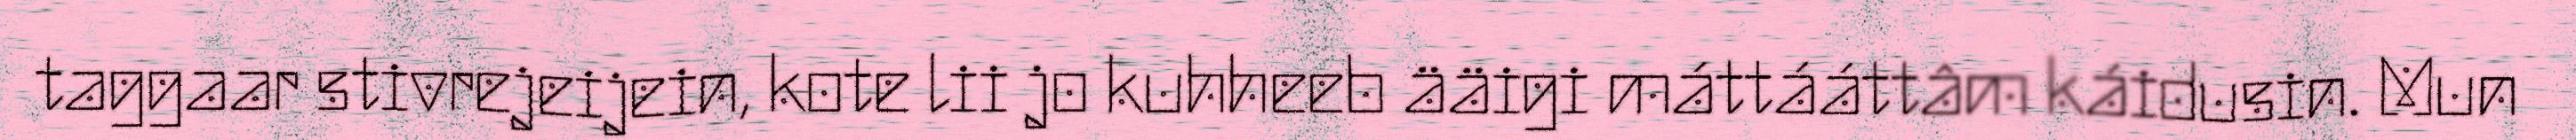
taggaar stivrejeijein, kote lii jo kuhheeb ääigi máttááttâm káidusin. Mun